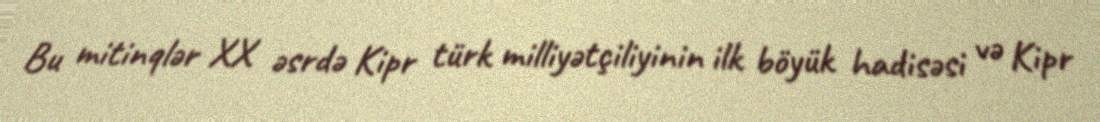
Bu mitinqlər XX əsrdə Kipr türk milliyətçiliyinin ilk böyük hadisəsi və Kipr